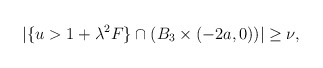
\begin{align*} \begin{aligned} |\{u>1+\lambda^2F\}\cap(B_3\times(-2a,0))|\geq \nu, \end{aligned} \end{align*}